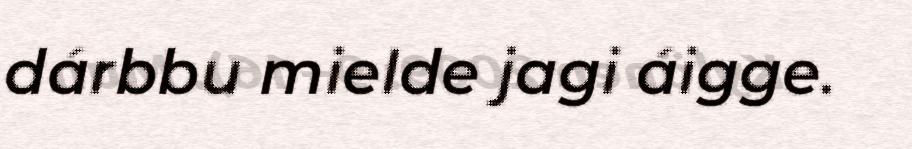
dárbbu mielde jagi áigge.